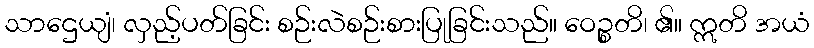
သာဌေယျံ၊ လှည့်ပတ်ခြင်း စဉ်းလဲစဉ်းစားပြုခြင်းသည်။ ဝေဉ္စတိ၊ ၏။ ဣတိ အယံ